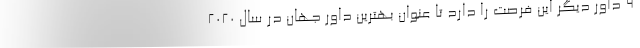
۹ داور دیگر این فرصت را دارد تا عنوان بهترین داور جهان در سال ۲۰۲۰